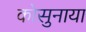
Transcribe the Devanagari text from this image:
कोसुनाया